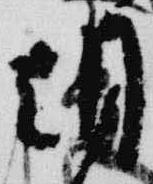
朝